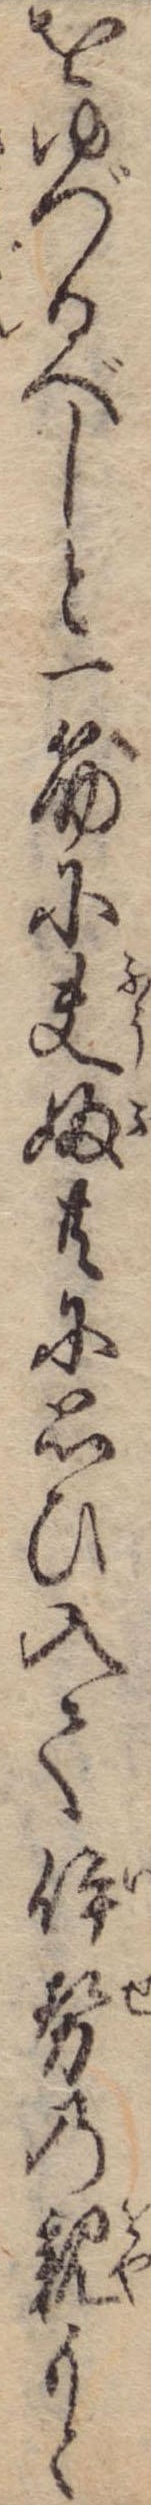
をゆづるべしと一筋に夫婦共に思ひ入て伊勢の親もと